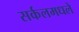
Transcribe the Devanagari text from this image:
सर्कलमधले